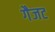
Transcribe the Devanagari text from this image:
गैजट